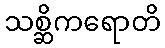
သစ္ဆိကရောတိ